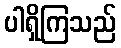
ပါရှိကြသည်